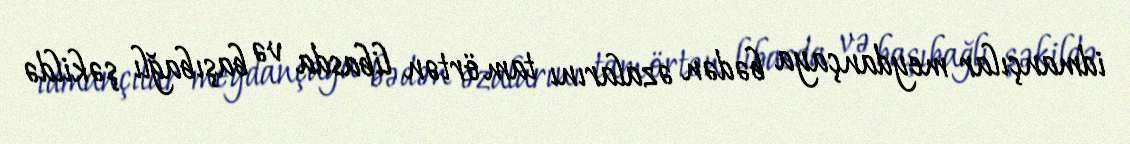
idmançılar meydançaya bədən əzalarını tam örtən libasda və başıbağlı şəkildə